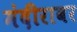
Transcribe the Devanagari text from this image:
मंदीरावर